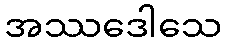
အဿဒေါသေ